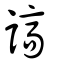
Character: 謞